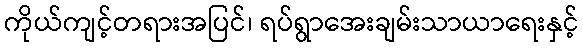
ကိုယ်ကျင့်တရားအပြင်၊ ရပ်ရွာအေးချမ်းသာယာရေးနှင့်